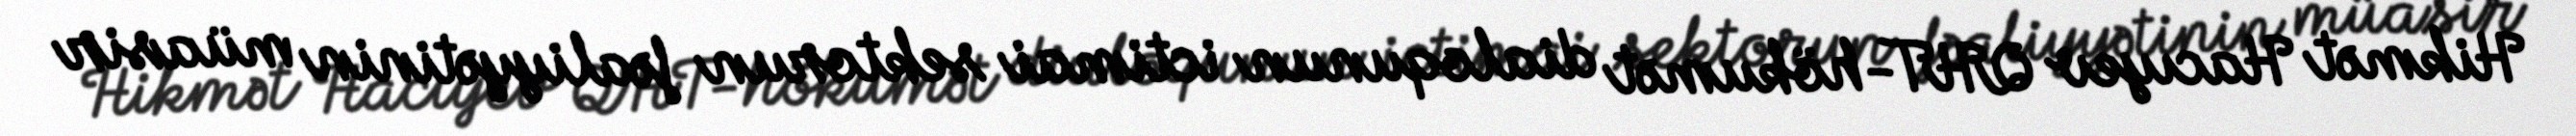
Hikmət Hacıyev QHT-hökumət dialoqunun ictimai sektorun fəaliyyətinin müasir